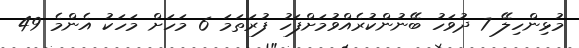
މުޅިންހިލޭ 7 ދުވަހު ބޭނުންކުރެއްވުމަށްފަހު ފުރަތަމަ 6 މަހަށް މަހަކު އެންމެ 49